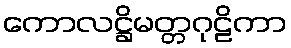
ကောလဋ္ဌိမတ္တဂုဠိကာ